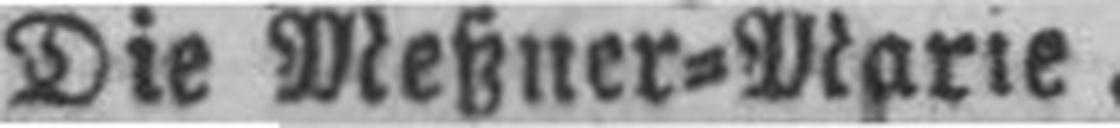
Die Meßner=Marie